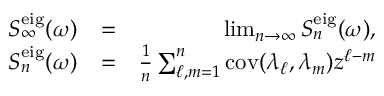
\begin{array} { r l r } { S _ { \infty } ^ { \mathrm { e i g } } ( \omega ) } & { = } & { \operatorname* { l i m } _ { n \rightarrow \infty } S _ { n } ^ { \mathrm { e i g } } ( \omega ) , } \\ { S _ { n } ^ { \mathrm { e i g } } ( \omega ) } & { = } & { \frac { 1 } { n } \sum _ { \ell , m = 1 } ^ { n } \mathrm { c o v } ( \lambda _ { \ell } , \lambda _ { m } ) z ^ { \ell - m } } \end{array}